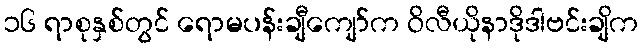
၁၆ ရာစုနှစ်တွင် ရောမပန်းချီကျော်က ဝိလီယိုနာဒိုဒါဗင်းချိက